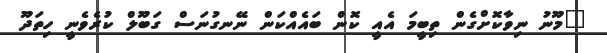
"މޫނު ނިވާކޮށްގެން ތިބީމަ އެއީ ކޮން ބައެއްކަން ނޭނގުނަސް ގަބޫލް ކުރެވެނީ ހިތަދޫ